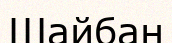
Шайбан